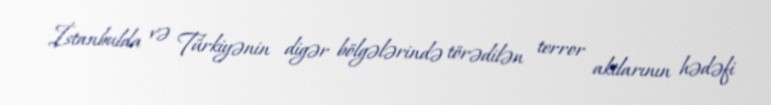
İstanbulda və Türkiyənin digər bölgələrində törədilən terror aktlarının hədəfi